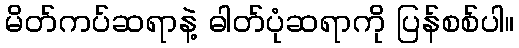
မိတ်ကပ်ဆရာနဲ့ ဓါတ်ပုံဆရာကို ပြန်စစ်ပါ။